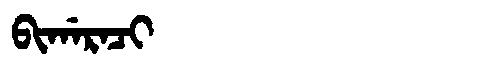
Manchu: ᠪᡳᡤᠠᡵᠠᠴᡳ
Romanization: BIGARACI